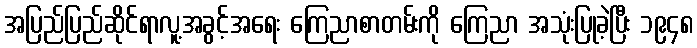
အပြည်ပြည်ဆိုင်ရာလူ့အခွင့်အရေး ကြေညာစာတမ်းကို ကြေညာ အသုံးပြုခဲ့ပြီး ၁၉၄၈